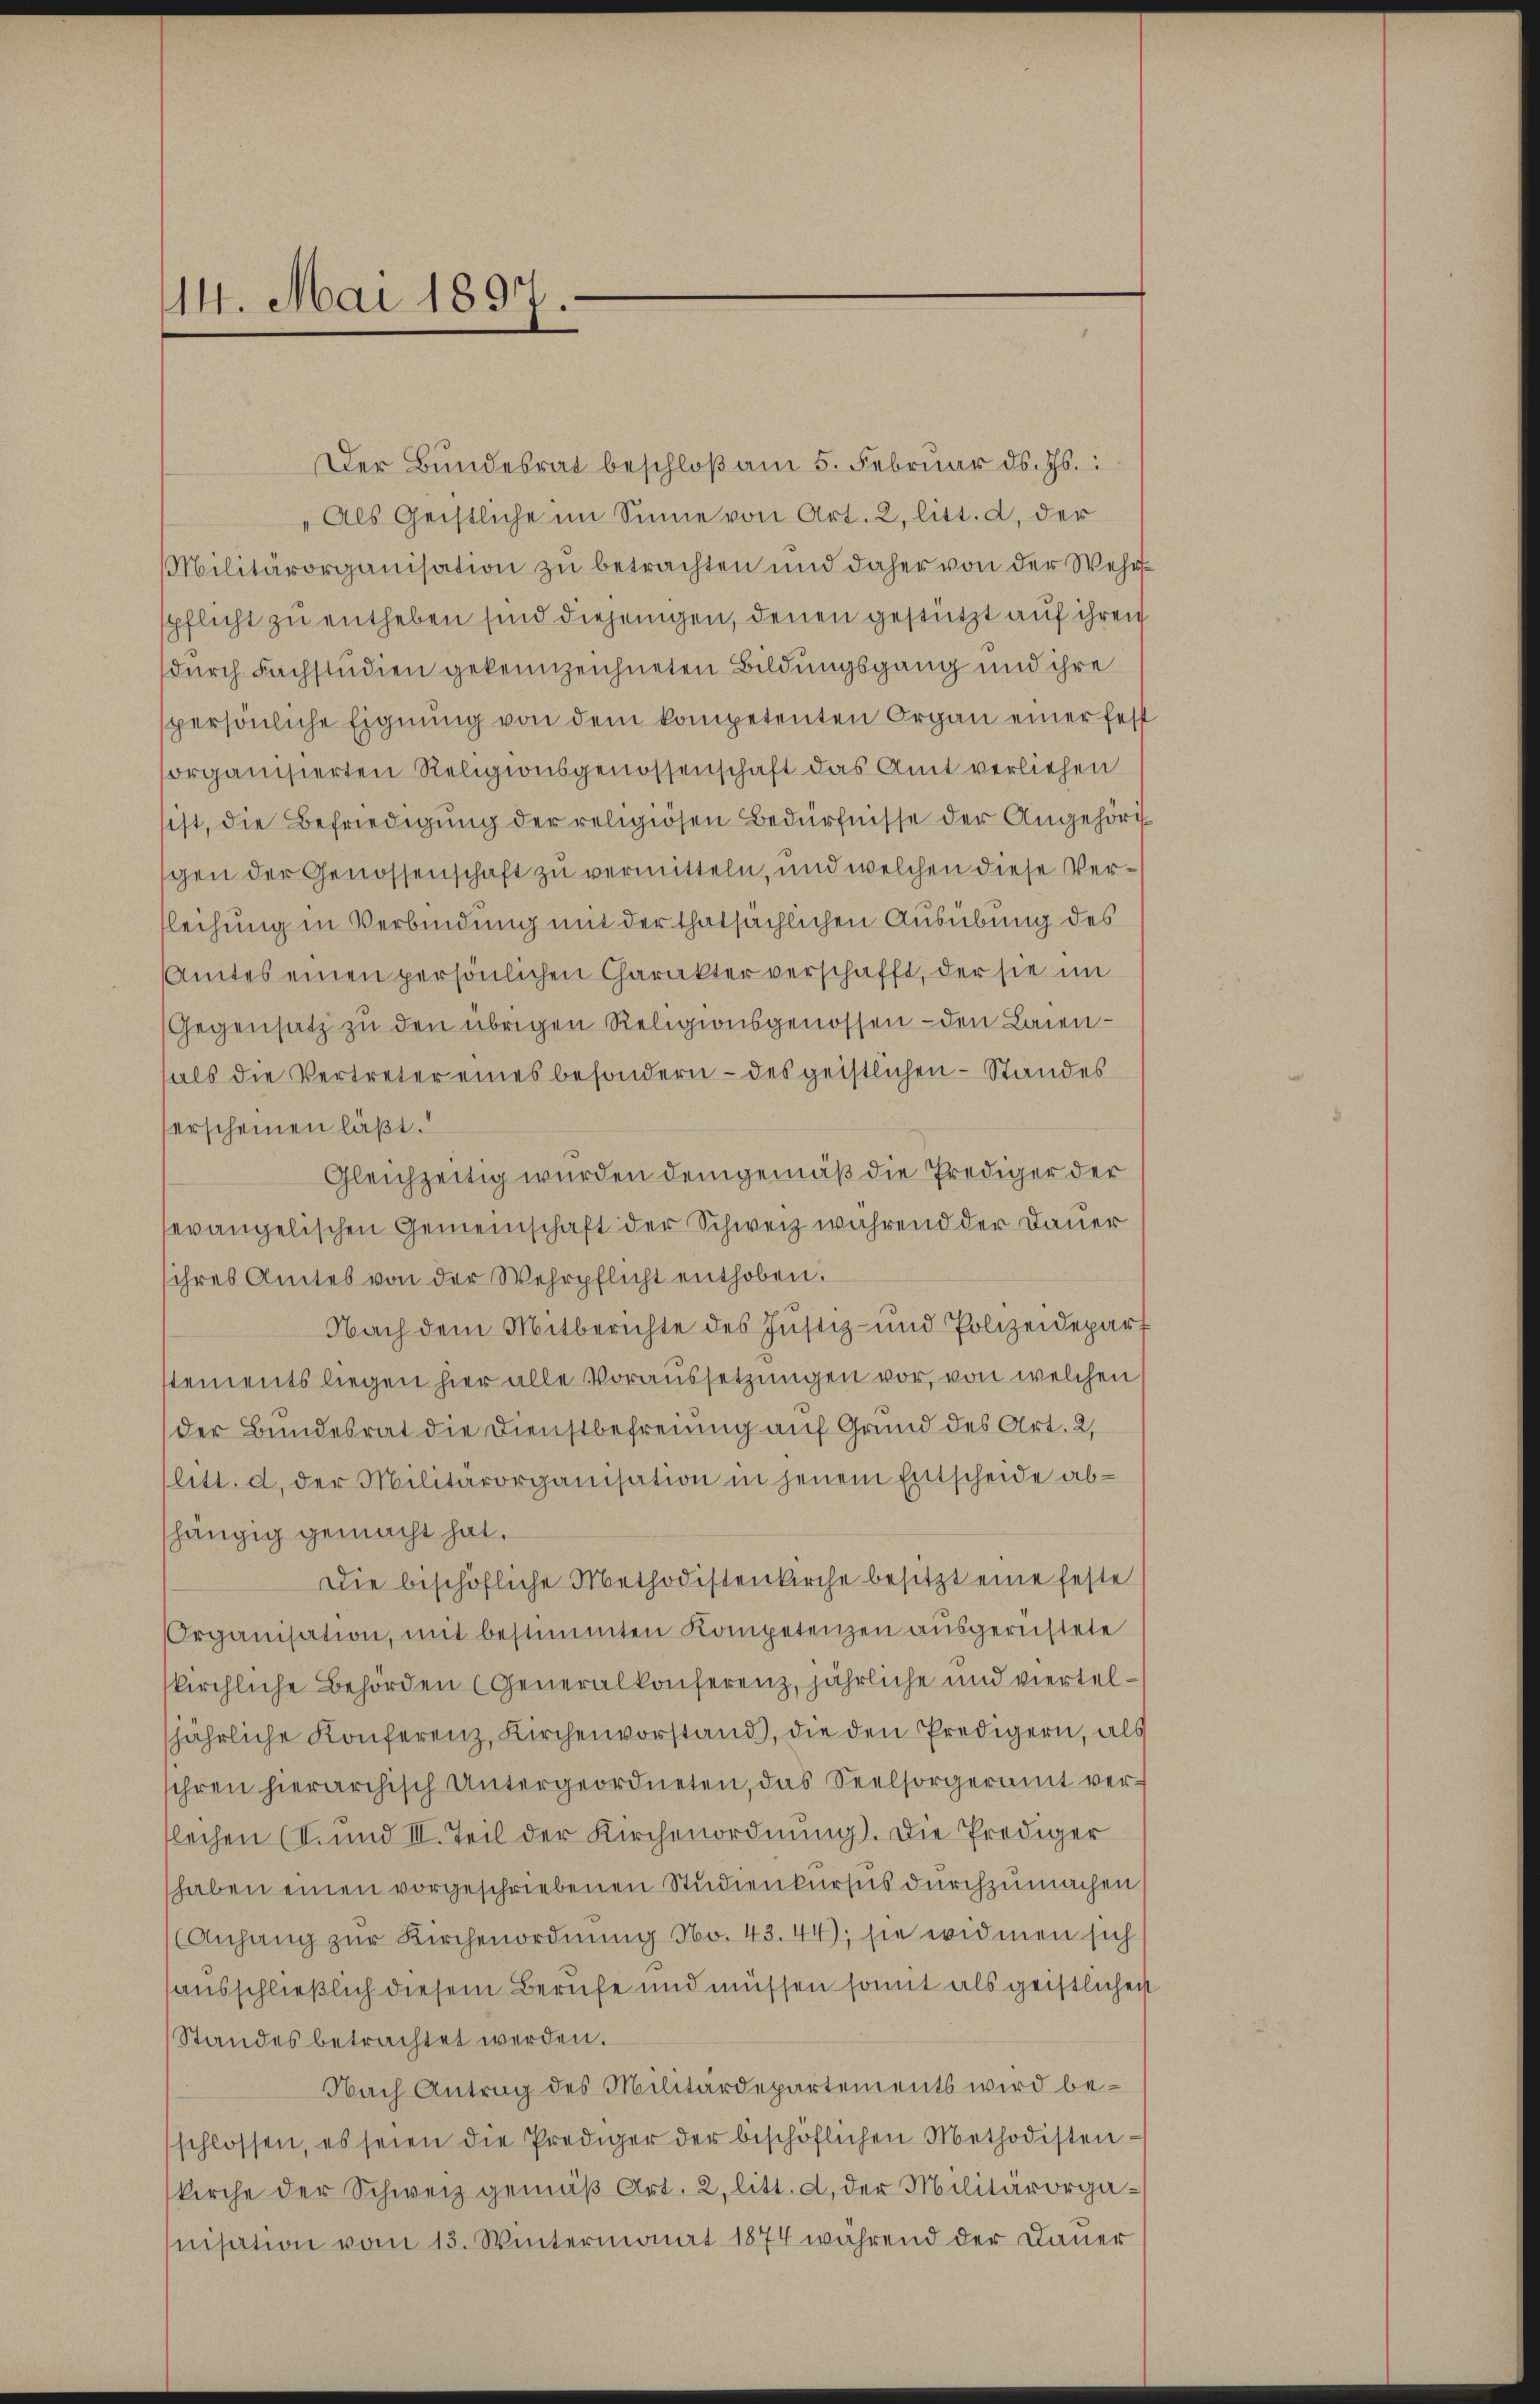
14. Mai 1897.

Der Bundesrat beschloß am 5. Februar d. Js.:
Als Geistliche im Sinne von Art. 2, litt. d, der
Militärorganisation zu betrachten und daher von der Wehrpflicht zu entheben sind diejenigen, denen gestützt auf ihren
durch Fachstudien gekennzeichneten Bildungsgang und ihre
spersönliche Eignung von dem kompetenten Organ einer fest
organisierten Religionsgenossenschaft das Amt verliehen
ist, die Befriedigung der religiosen Bedürfnisse der Angehöri
gen der Genossenschaft zu vermitteln, und welchen diese Verleihung in Verbindung mit der thatsächlichen Ausübung des
Amtes einen persönlichen Charakter verschafft, der sie im
Gegensatz zu den übrigen Religionsgenossen - den Laien-
als die Vertreter eines besondern - des geistlichen Standes
erscheinen läßt.
Gleichzeitig wurden demgemäß die Prediger der
sevangelischen Gemeinschaft der Schweiz während der Dauer
ihres Amtes von der Wehrpflicht enthoben.
Nach dem Mitberichte des Justiz- und Polizeidepart
stements liegen hier alle Voraussetzungen vor, von welchen
der Bundesrat die Dienstbefreung auf Grund des Art. 2,
litt. d. der Militärorganisation in jenem Entscheide ab-
hängig gemacht hat.
Die bischöfliche Methodistenkirche besitzt eine feste
Organisation, mit bestimmten Kompetenzen ausgerichtete
kirchliche Behörden (Generalkonferenz, jährliche und vierteljährliche Konferenz, Kirchenvorstand, die den Predigern, als
sihren hierarchisch Untergeordneten, das Seelsorgeramt ver-
flechen (I. und III. Teil der Kirchenordnung). Die Prediger
haben einen vorgeschriebenen Studienkurses durchzumachen
Anhang zŭr Kirchenordnŭng No. 43. 44), sie widmen sich
ausschließlich diesem Berufe und müssen somit als geistlichen
Standes betrachtet werden.
Nach Antrag des Militärdepartements wird beschlossen, es seien die Prediger der beschöflichen Methodisten-
kirche der Schweiz gemäβ Art. 2, litt. d, der Militärorganisation vom 13. Wintermonat 1874 während der Dauer